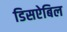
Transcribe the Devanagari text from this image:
डिसऐबिल